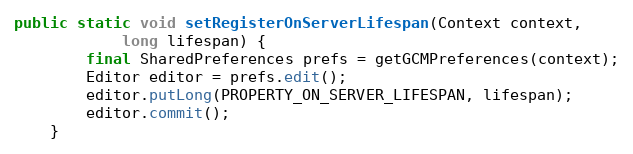
Language: Java
public static void setRegisterOnServerLifespan(Context context,
            long lifespan) {
        final SharedPreferences prefs = getGCMPreferences(context);
        Editor editor = prefs.edit();
        editor.putLong(PROPERTY_ON_SERVER_LIFESPAN, lifespan);
        editor.commit();
    }